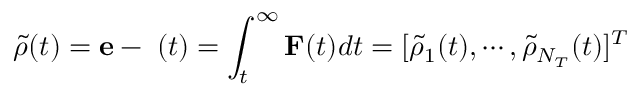
\tilde { \rho } ( t ) = { \bf e } - { \bf \rho } ( t ) = \int _ { t } ^ { \infty } { \bf F } ( t ) d t = [ \tilde { \rho } _ { 1 } ( t ) , \cdots , \tilde { \rho } _ { N _ { T } } ( t ) ] ^ { T }